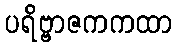
ပရိဗ္ဗာဇကကထာ